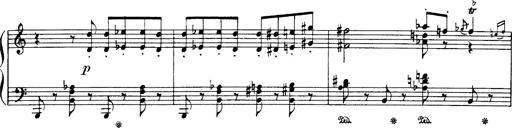
Title: Danza sacra e duetto finale dâ€™Aida
Composer: Franz Liszt